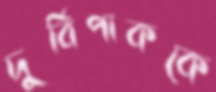
দুর্বিপাককে